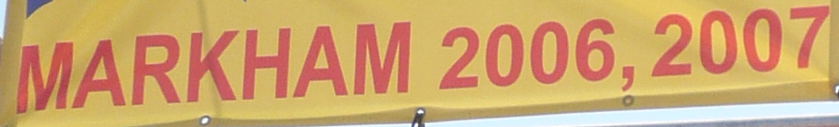
MARKHAM 2006. 2007